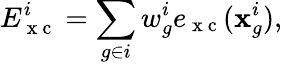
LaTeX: E_{\mathrm{~x~c~}}^{i}=\sum_{g\in i}w_{g}^{i}e_{\mathrm{~x~c~}}(\mathbf{x}_{g}^{i}),